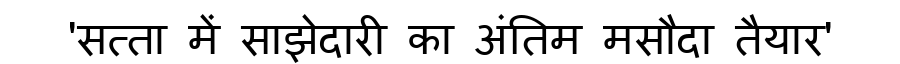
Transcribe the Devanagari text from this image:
'सत्ता में साझेदारी का अंतिम मसौदा तैयार'